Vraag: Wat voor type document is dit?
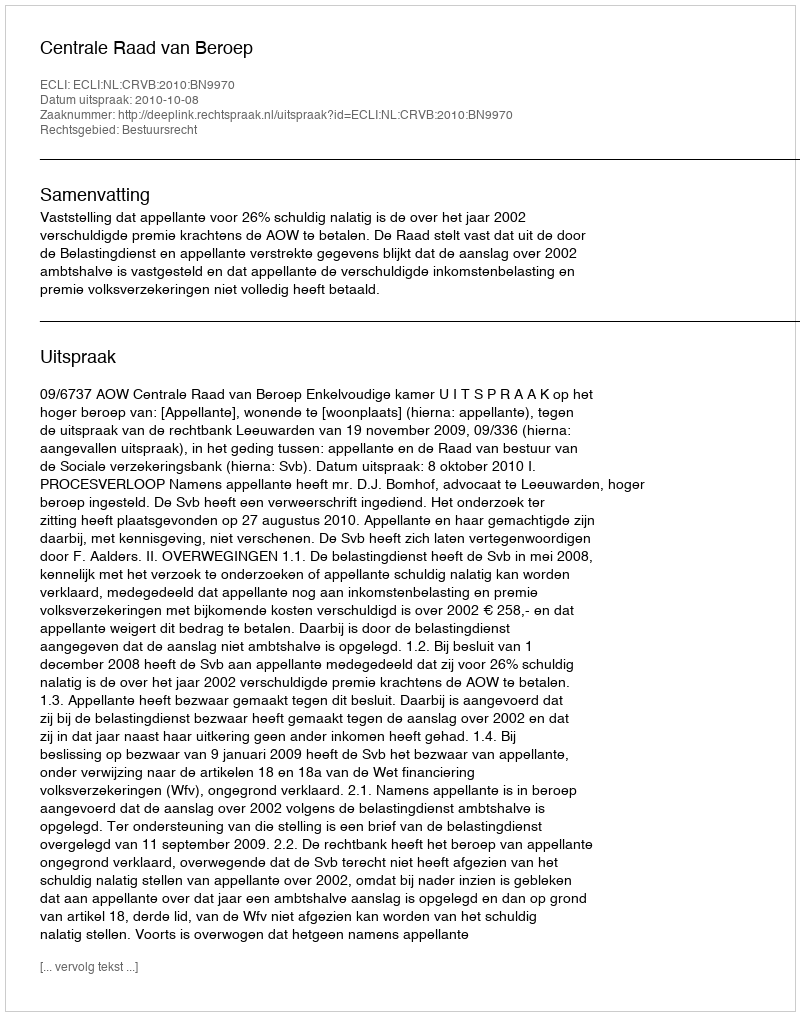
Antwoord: Uitspraak